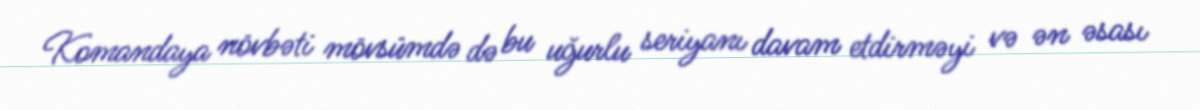
Komandaya növbəti mövsümdə də bu uğurlu seriyanı davam etdirməyi və ən əsası